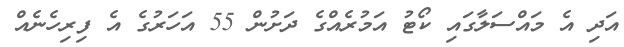
އަދި އެ މައްސަލާގައި ކޯޓު އަމުރެއްގެ ދަށުން 55 އަހަރުގެ އެ ފިރިހެނެއް